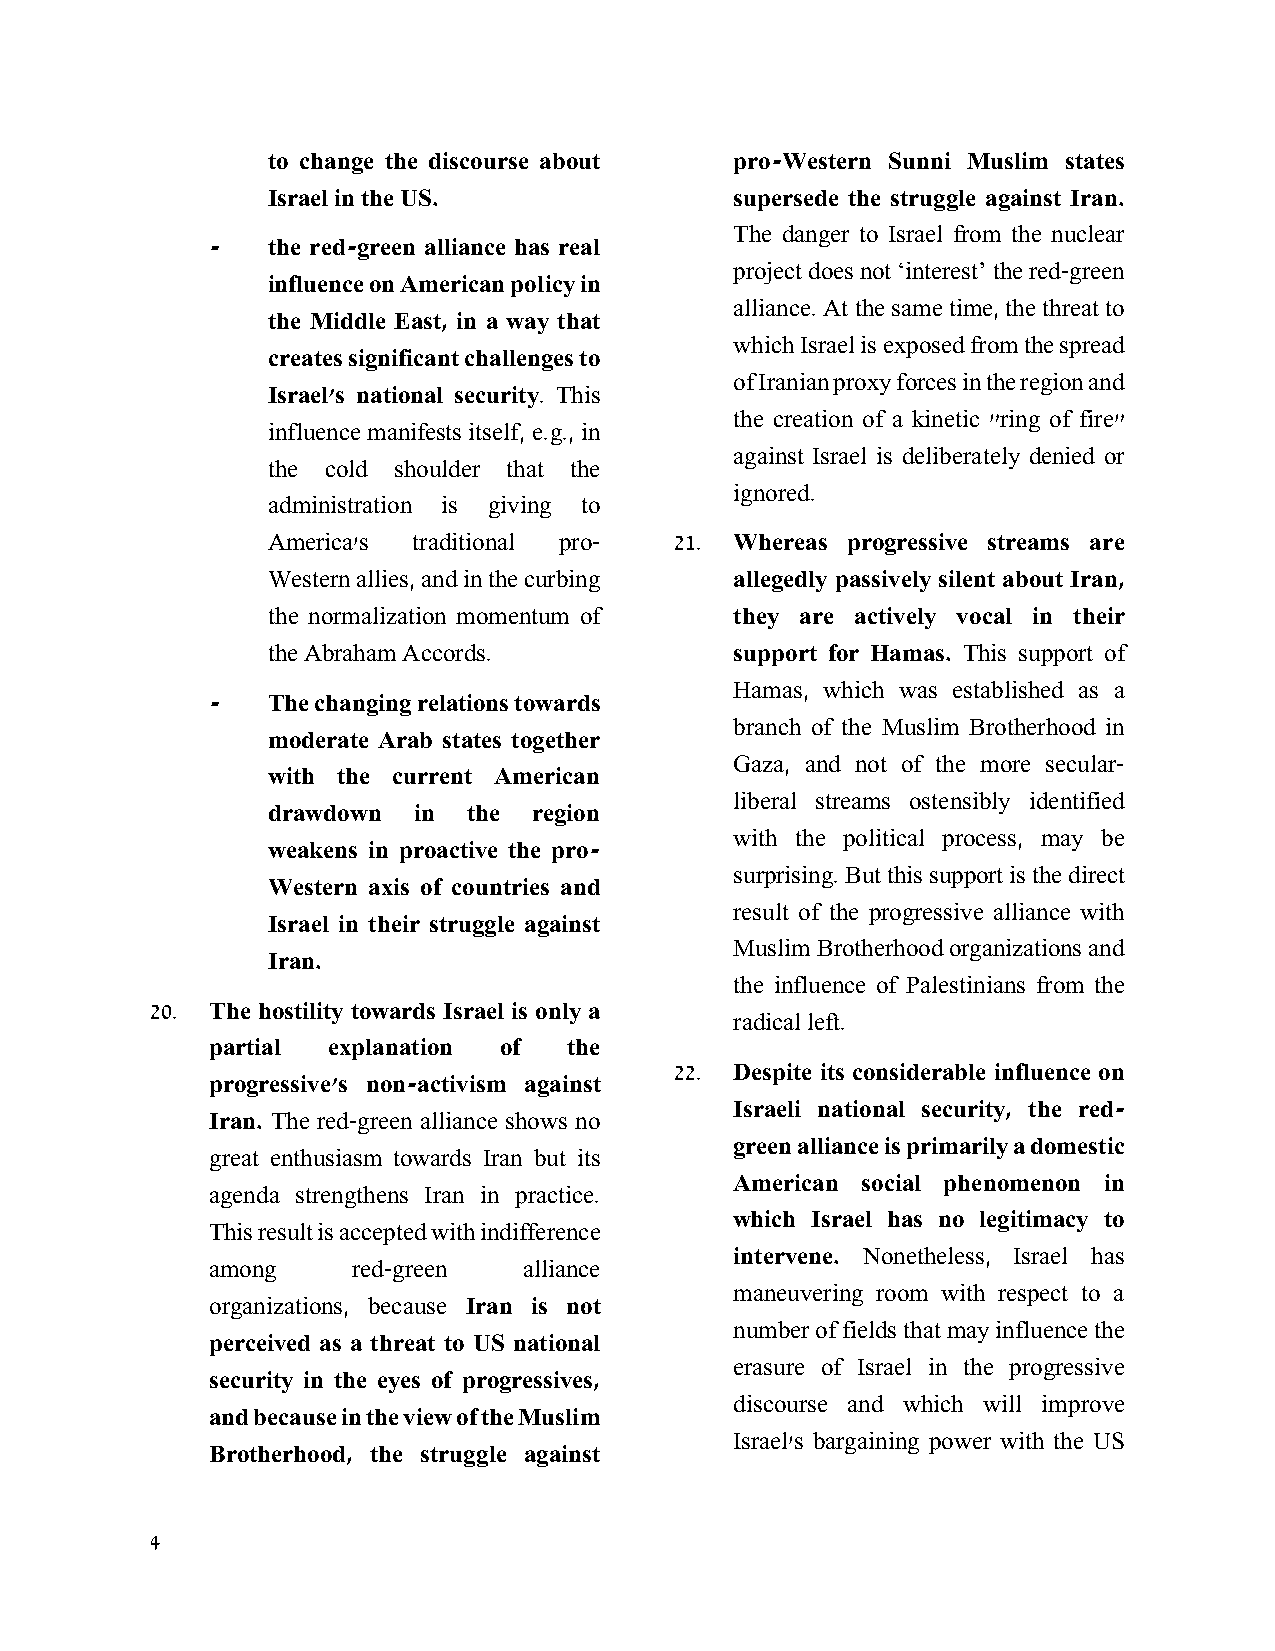
to change the discourse about  pro-Western Sunni Muslim states
 Israel in the US.              supersede the struggle against Iran.
 The danger to Israel from the nuclear
 -   the red-green alliance has real
 project does not ‘interest’ the red-green
 influence on American policy in
 alliance. At the same time, the threat to
 the Middle East, in a way that
 which Israel is exposed from the spread
 creates significant challenges to
 of Iranian proxy forces in the region and
 Israel's national security. This
 the creation of a kinetic "ring of fire"
 influence manifests itself, e.g., in
 against Israel is deliberately denied or
 the cold shoulder that the
 ignored.
 administration is giving to
 America's traditional pro- 21. Whereas progressive streams are
 Western allies, and in the curbing allegedly passively silent about Iran,
 the normalization momentum of  they are actively vocal in their
 the Abraham Accords.           support for Hamas. This support of
 Hamas, which was established as a
 -   The changing relations towards
 branch of the Muslim Brotherhood in
 moderate Arab states together
 Gaza, and not of the more secular-
 with the current American
 liberal streams ostensibly identified
 drawdown in  the region
 with the political process, may be
 weakens in proactive the pro-
 surprising. But this support is the direct
 Western axis of countries and
 result of the progressive alliance with
 Israel in their struggle against
 Muslim Brotherhood organizations and
 Iran.
 the influence of Palestinians from the
 20. The hostility towards Israel is only a
 radical left.
 partial explanation of  the
 22. Despite its considerable influence on
 progressive's non-activism against
 Israeli national security, the red-
 Iran. The red-green alliance shows no
 green alliance is primarily a domestic
 great enthusiasm towards Iran but its
 American social phenomenon in
 agenda strengthens Iran in practice.
 which Israel has no legitimacy to
 This result is accepted with indifference
 intervene. Nonetheless, Israel has
 among    red-green   alliance
 maneuvering room with respect to a
 organizations, because Iran is not
 number of fields that may influence the
 perceived as a threat to US national
 erasure of Israel in the progressive
 security in the eyes of progressives,
 discourse and which will improve
 and because in the view of the Muslim
 Israel's bargaining power with the US
 Brotherhood, the struggle against
 4